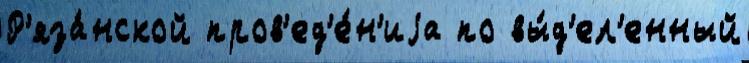
Р'яза́нской пров'ед'е́н'иjа по вы́д'ел'енный